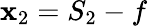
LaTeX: \mathbf{x}_{2}=S_{2}-f